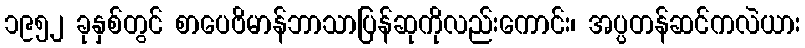
၁၉၅၂ ခုနှစ်တွင် စာပေဗိမာန်ဘာသာပြန်ဆုကိုလည်းကောင်း၊ အပ္ပတန်ဆင်ကလဲယား